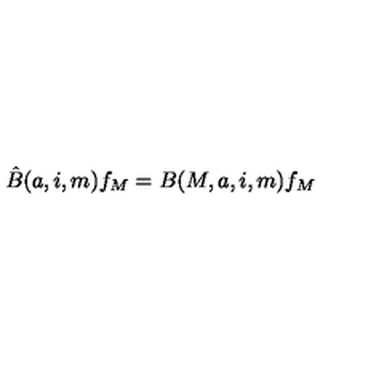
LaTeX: \hat { B } ( a , i , m ) f _ { M } = B ( M , a , i , m ) f _ { M }